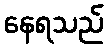
နေရသည်